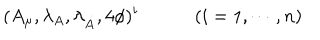
( A _ { \mu } , \lambda _ { A } , \lambda _ { \dot { A } } , 4 \phi ) ^ { i } \qquad \quad ( i = 1 , \cdots , n )